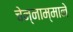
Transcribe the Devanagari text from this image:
चेन्नाम्माने